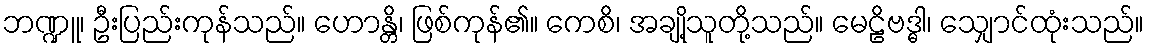
ဘဏ္ဍူ၊ ဦးပြည်းကုန်သည်။ ဟောန္တိ၊ ဖြစ်ကုန်၏။ ကေစိ၊ အချို့သူတို့သည်။ မေဠိဗဒ္ဓါ၊ သျှောင်ထုံးသည်။